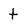
Character: t